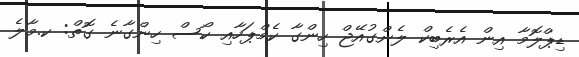
ޑިޕްލޮމާ އިން އެރެބިކް ލެންގުއޭޖް ހިންގާ ކެމްޕަހާއި ކޯސް ހިންގާނެ ގޮތް: ކ.މާލެ